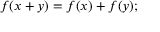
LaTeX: \textstyle f ( x + y ) = f ( x ) + f ( y ) ;